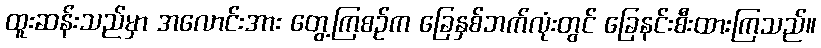
ထူးဆန်းသည်မှာ အလောင်းအား တွေ့ကြစဉ်က ခြေနှစ်ဘက်လုံးတွင် ခြေနင်းစီးထားကြသည်။